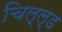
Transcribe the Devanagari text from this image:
चिल्ल्ड